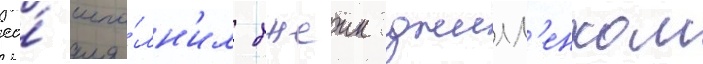
ео́ испо́лн'ил джеик джилл'енхол